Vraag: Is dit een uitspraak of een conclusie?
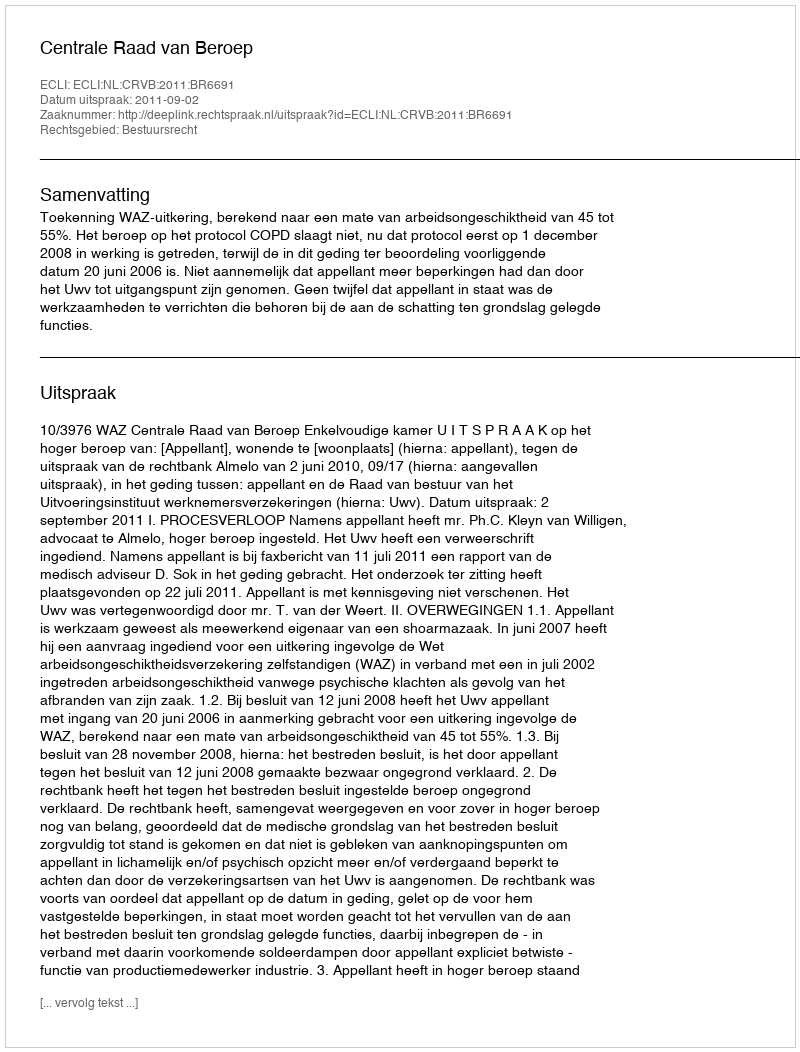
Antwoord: Uitspraak